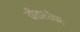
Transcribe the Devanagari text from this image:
वीतशोकः